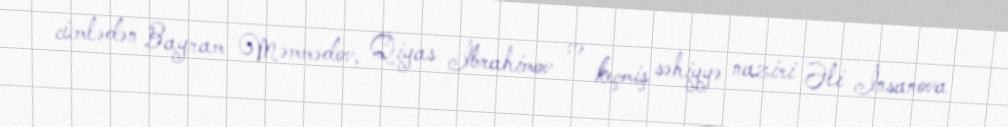
cümlədən Bayram Məmmədov, Qiyas İbrahimov və keçmiş səhiyyə naziri Əli İnsanova